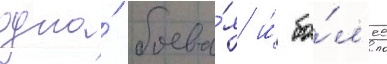
одна́ боева́я и́ бо́л'ее